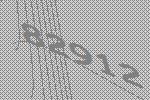
82912